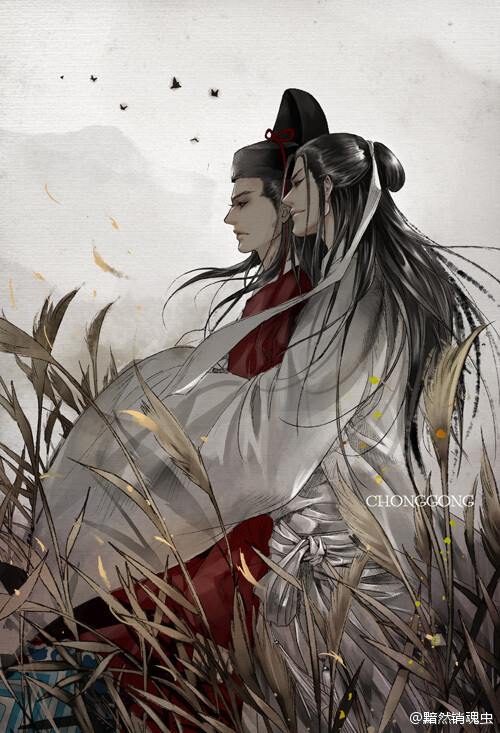
春心莫共花争发，一寸相思一寸灰！